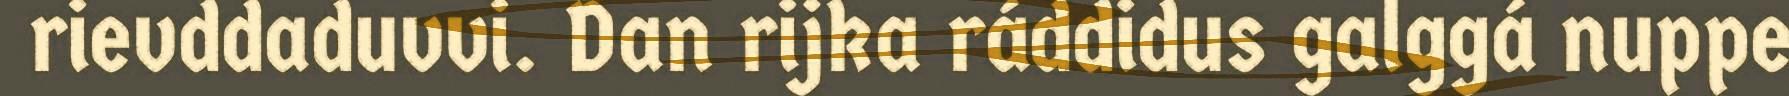
rievddaduvvi. Dan rijka ráddidus galggá nuppe